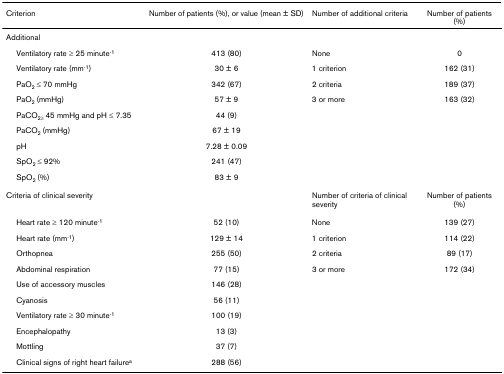
| Criterion | Number of patients (%), or value (mean ± SD) | Number of additional criteria | Number of patients (%) |
 | --- | --- | --- | --- |
 | Additional |  |  |  |
 | Ventilatory rate ≥ 25 minute-1 | 413 (80) | None | 0 |
 | Ventilatory rate (mm-1) | 30 ± 6 | 1 criterion | 162 (31) |
 | PaO2 ≤ 70 mmHg | 342 (67) | 2 criteria | 189 (37) |
 | PaO2 (mmHg) | 57 ± 9 | 3 or more | 163 (32) |
 | PaCO2≥ 45 mmHg and pH ≤ 7.35 | 44 (9) |  |  |
 | PaCO2 (mmHg) | 67 ± 19 |  |  |
 | pH | 7.28 ± 0.09 |  |  |
 | SpO2 ≤ 92% | 241 (47) |  |  |
 | SpO2 (%) | 83 ± 9 |  |  |
 | Criteria of clinical severity |  | Number of criteria of clinical severity | Number of patients (%) |
 | Heart rate ≥ 120 minute-1 | 52 (10) | None | 139 (27) |
 | Heart rate (mm-1) | 129 ± 14 | 1 criterion | 114 (22) |
 | Orthopnea | 255 (50) | 2 criteria | 89 (17) |
 | Abdominal respiration | 77 (15) | 3 or more | 172 (34) |
 | Use of accessory muscles | 146 (28) |  |  |
 | Cyanosis | 56 (11) |  |  |
 | Ventilatory rate ≥ 30 minute-1 | 100 (19) |  |  |
 | Encephalopathy | 13 (3) |  |  |
 | Mottling | 37 (7) |  |  |
 | Clinical signs of right heart failurea | 288 (56) |  |  |